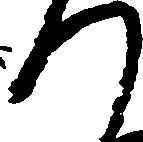
つ